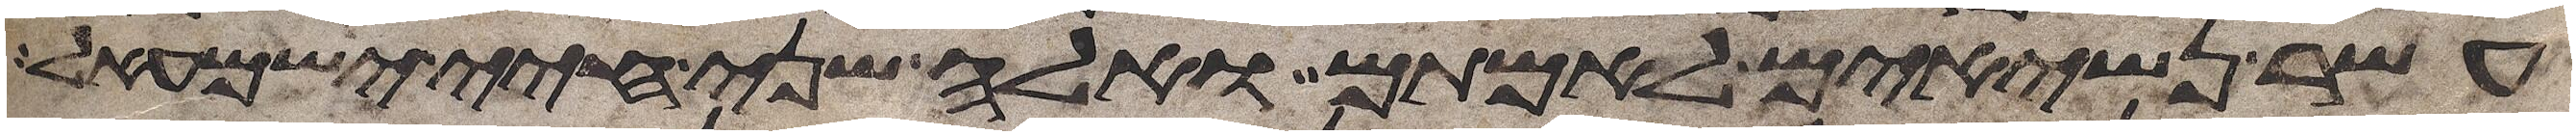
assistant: עשר נשיאים לאמתם ואלה שני חיי ישמעאל